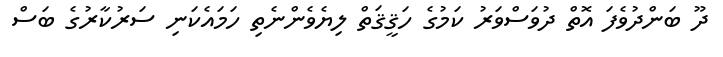
ދޫ ބަންދުވެފަ އޮތް ދުވަސްވަރު ކަމުގެ ހަަޤީޤަތް ލިޔެވެންނެތި ހަމައެކަނި ސަރުކާރުގެ ބަސް